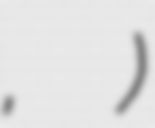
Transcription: ਬੋਲੀ, بار دی بولی)